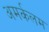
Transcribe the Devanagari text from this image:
अमर्कलम